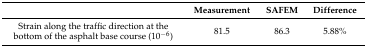
|  | Measurement | SAFEM | Difference |
 | --- | --- | --- | --- |
 | Strain along the traffic direction at the bottom of the asphalt base course (10−6) | 81.5 | 86.3 | 5.88% |